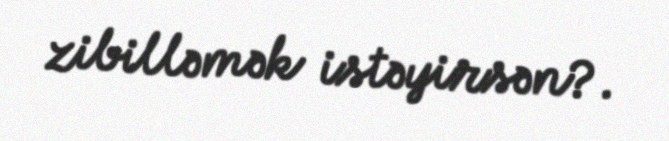
zibilləmək istəyirsən?.